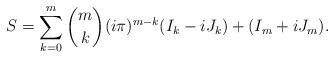
LaTeX: \begin{align*}S=\sum_{k=0}^m\binom{m}{k}(i\pi)^{m-k}(I_k-iJ_k)+(I_m+iJ_m).\end{align*}